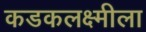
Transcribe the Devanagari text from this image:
कडकलक्ष्मीला